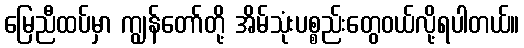
မြေညီထပ်မှာ ကျွန်တော်တို့ အိမ်သုံးပစ္စည်းတွေဝယ်လို့ရပါတယ်။